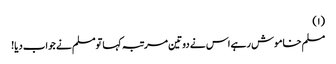
(١)
مسلم خاموش رہے اس نے دوتین مرتبہ کہا تومسلم نے جواب دیا!